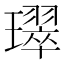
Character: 璻